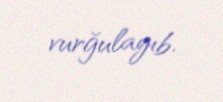
vurğulayıb.